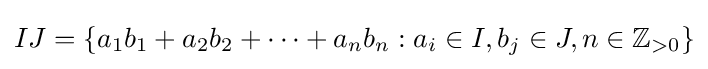
IJ=\{a_{1}b_{1}+a_{2}b_{2}+\cdots +a_{n}b_{n}:a_{i}\in I,b_{j}\in J,n\in \mathbb {Z} _{>0}\}